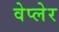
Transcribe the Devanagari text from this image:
वेप्लेर